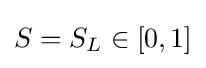
S=S_{L}\in [0,1]